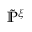
\tilde { \mathbb { P } } ^ { \xi }